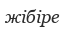
жібіре